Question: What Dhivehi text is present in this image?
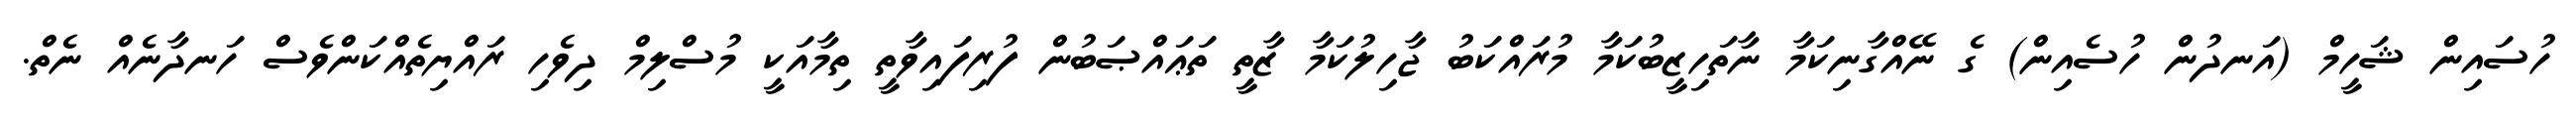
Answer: ހުސައިން ޝަހީމް (އަނދުން ހުސެއިން) ގެ ނޭއްގާނިކަމާ ނާތަހިޒީބުކަމާ މުރައްކަބު ޖާހިލުކަމާ ޒާތީ ތަޢައްޞަބުން ފުރިފައިވާތީ ތިމާއަކީ މުސްލިމް ދިވެހި ރައްޔިތެއްކަންވެސް ހަނދާނެއް ނެތް.